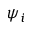
\psi _ { i }